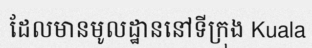
ដែលមានមូលដ្ឋាននៅទីក្រុង Kuala